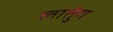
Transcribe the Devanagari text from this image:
लातुंग